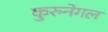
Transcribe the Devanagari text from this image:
कुरुनेगल